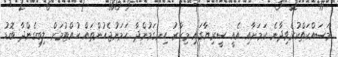
މަސައްކަތްކުރެވިދާނެ ކަމަށާއި އެއީ ސީރިޔާގައި މިހާރު ހިނގަމުންދާ ހަމަނުޖެހުންތައް ހުއްޓުމަށް ލިބިގެންދާ ބޮޑު